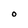
Character: O